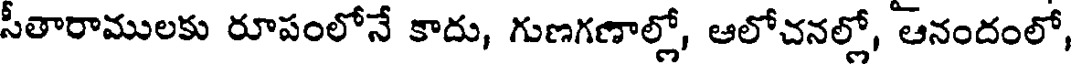
సీతారాములకు రూపంలోనే కాదు, గుణగణాల్లో, ఆలోచనల్లో, ఆనందంలో